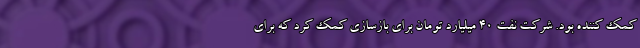
کمک کننده بود. شرکت نفت 40 میلیارد تومان برای بازسازی کمک کرد که برای